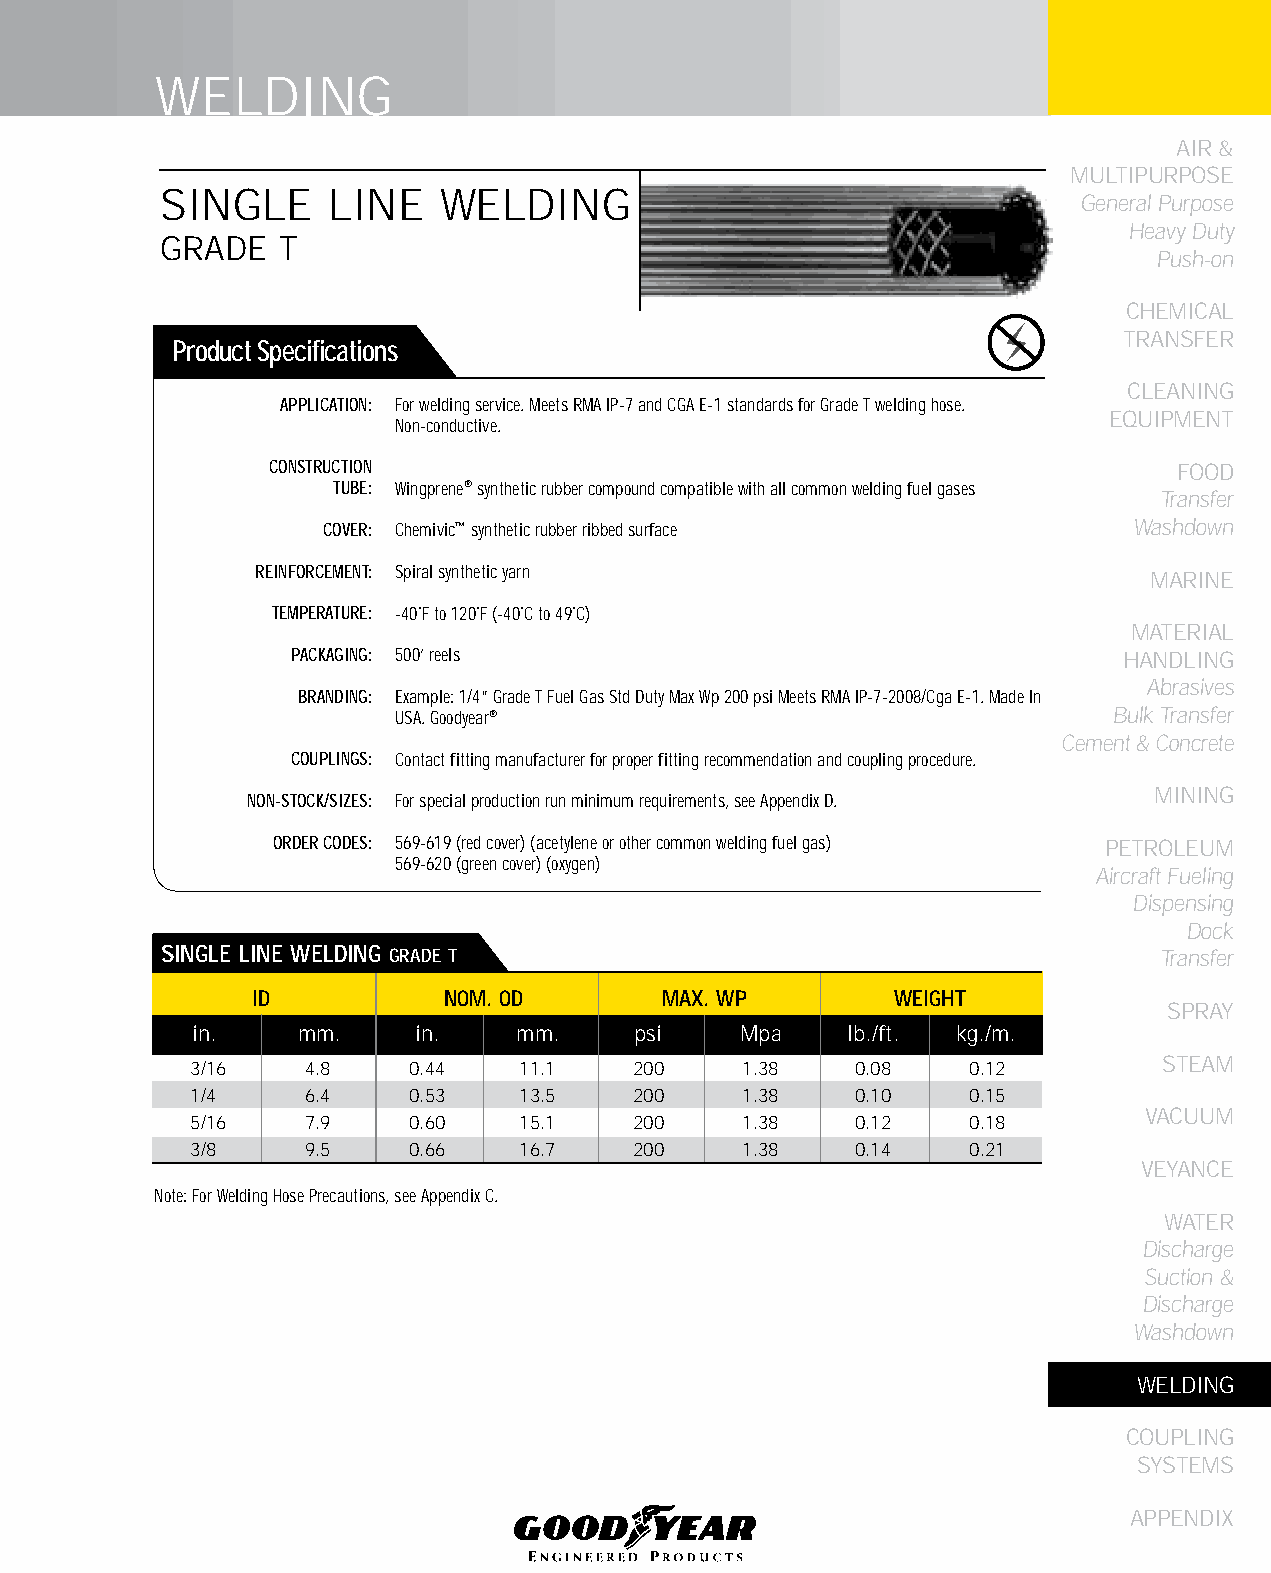
WELDING
 AIR &
 MULTIPURPOSE
 SINGLE     LINE   WELDING
 General Purpose
 Heavy Duty
 GRADE   T
 Push-on
 CHEMICAL
 TRANSFER
 Product Specifications
 CLEANING
 APPLICATION: For welding service. Meets RMA IP-7 and CGA E-1 standards for Grade T welding hose.
 EqUIPMENT
 Non-conductive.
 CONSTRUCTION                                                FOOD
 TUBE: Wingprene® synthetic rubber compound compatible with all common welding fuel gases
 Transfer
 COVER: Chemivic™ synthetic rubber ribbed surface      Washdown
 REINFORCEMENT: Spiral synthetic yarn
 MARINE
 TEMPERATURE: -40˚F to 120˚F (-40˚C to 49˚C)
 MATERIAL
 PACKAGING: 500’ reels                                  HANDLING
 Abrasives
 BRANDING: Example: 1/4” Grade T Fuel Gas Std Duty Max Wp 200 psi Meets RMA IP-7-2008/Cga E-1. Made In
 USA. Goodyear®                                  Bulk Transfer
 Cement & Concrete
 COUPLINGS: Contact fitting manufacturer for proper fitting recommendation and coupling procedure.
 MINING
 NON-STOCK/SIZES: For special production run minimum requirements, see Appendix D.
 ORDER CODES: 569-619 (red cover) (acetylene or other common welding fuel gas) PETROLEUM
 569-620 (green cover) (oxygen)
 Aircraft Fueling
 Dispensing
 Dock
 SINGLE LINE WELDING GRADE T                                       Transfer
 ID          NOM. OD        MAX. WP        WEIGHT
 SPRAY
 in.    mm.     in.   mm.     psi    Mpa    lb./ft. kg./m.
 STEAM
 3/16   4.8    0.44   11.1    200    1.38    0.08   0.12
 1/4    6.4    0.53   13.5    200    1.38    0.10   0.15
 VACUUM
 5/16   7.9    0.60   15.1    200    1.38    0.12   0.18
 3/8    9.5    0.66   16.7    200    1.38    0.14   0.21
 VEYANCE
 Note: For Welding Hose Precautions, see Appendix C.
 WATER
 Discharge
 Suction &
 Discharge
 Washdown
 WELDING
 COUPLING
 SYSTEMS
 APPENDIX
 247